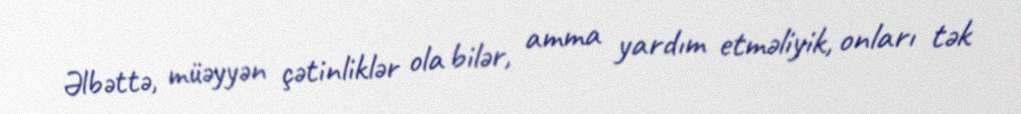
Əlbəttə, müəyyən çətinliklər ola bilər, amma yardım etməliyik, onları tək